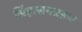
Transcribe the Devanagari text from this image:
सिंहासनग्रहण